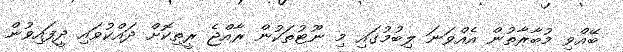
ބޭއްވި މުބާރާތުން އެއްވަނަ ލިބުމުގައި މި ނޫޓުތަކުން ރާއްޖެ ރީތިކޮށް ދައްކުވައި ދީފައިވުން